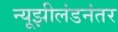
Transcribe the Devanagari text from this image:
न्यूझीलंडनंतर